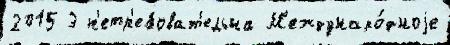
2015 3 н'етр'ебоват'ельна М'еждунаро́дноjе